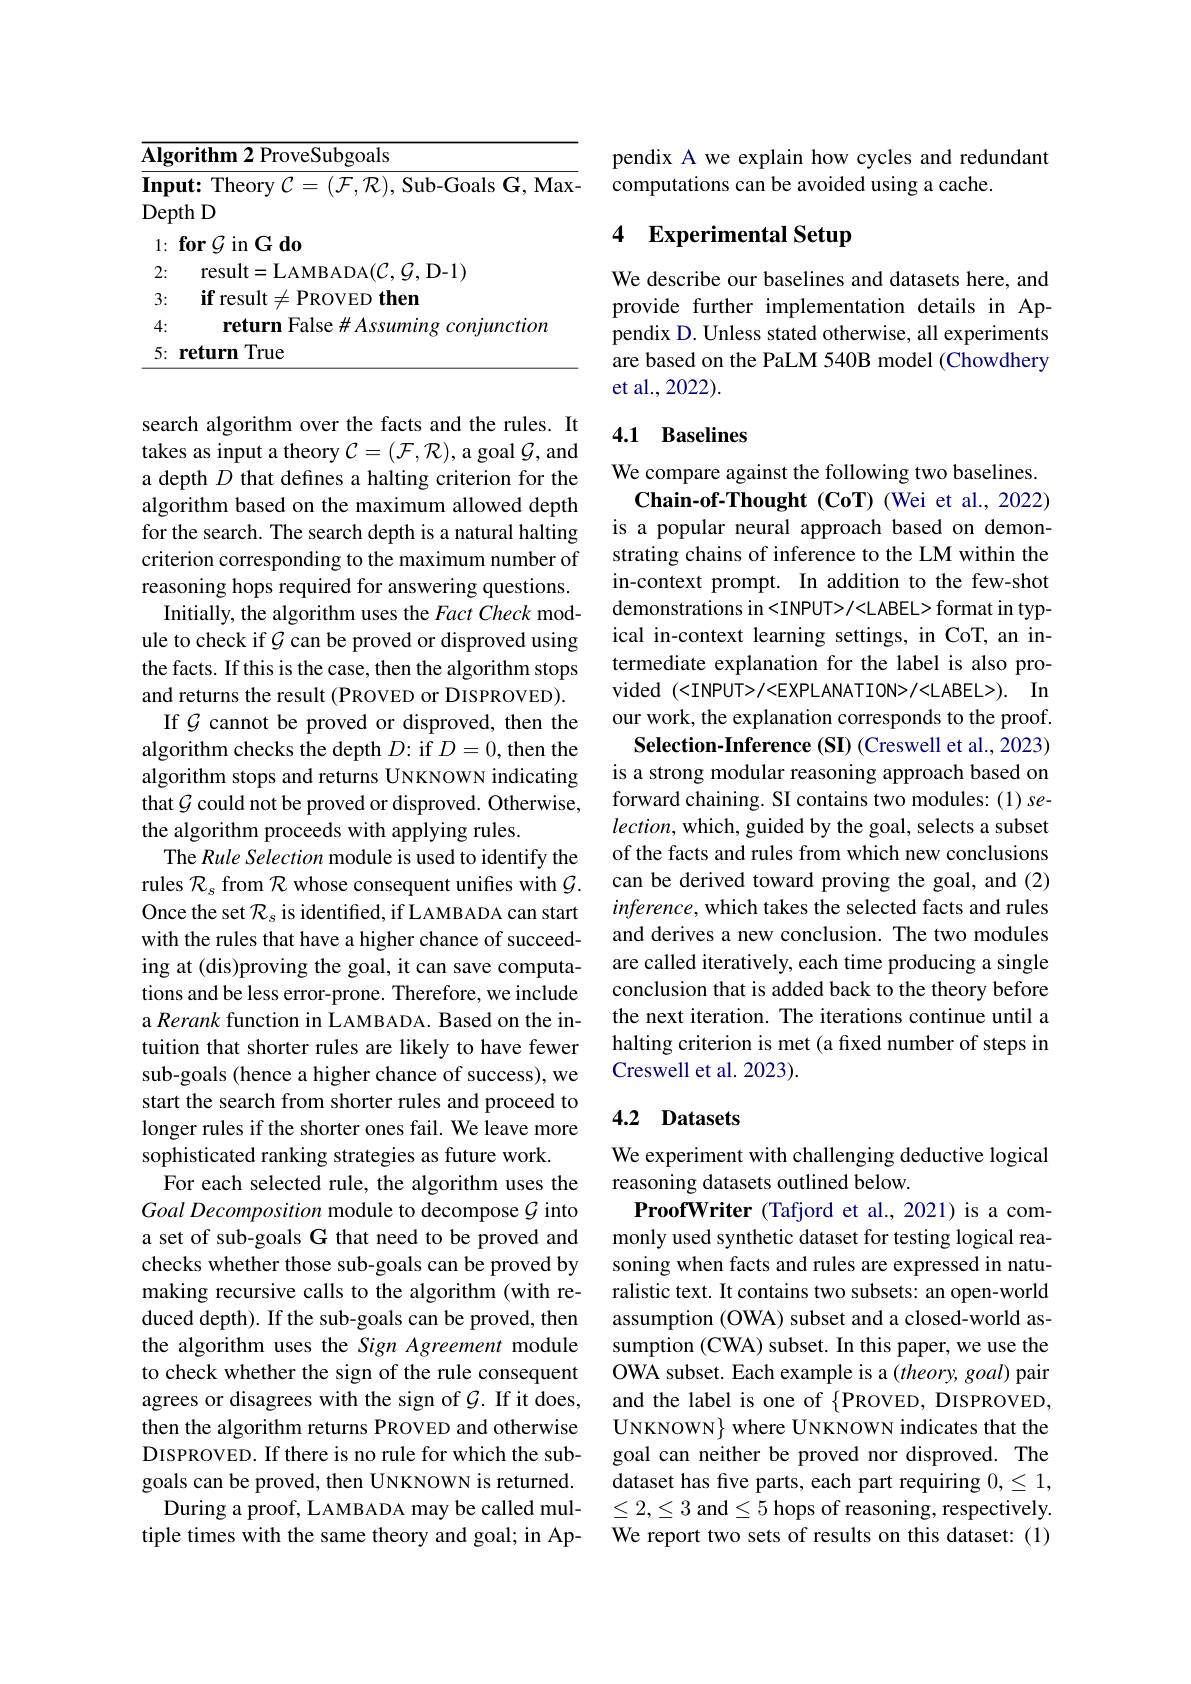
<table>
	<tbody>
		<tr>
			<td>Depth 1</td>
			<td>$\star$th D</td>
		</tr>
		<tr>
			<td>2:</td>
			<td>result=LAMBADA$(\mathcal{C},\mathcal{G}$,D-1)</td>
		</tr>
		<tr>
			<td>3:</td>
			<td>$\textbf{if result}\neq$PROVED then</td>
		</tr>
		<tr>
			<td>4:</td>
			<td>return False# Assuming conjunction</td>
		</tr>
		<tr>
			<td>5: $\mathbf{re}$</td>
			<td>return True</td>
		</tr>
	</tbody>
</table>

search algorithm over the facts and the rules. It takes as input a theory $\mathcal{C}=(\mathcal{F},\mathcal{R})$,a goal $\mathcal{G}$,and a depth $D$ that defines a halting criterion for the algorithm based on the maximum allowed depth for the search. The search depth is a natural halting criterion corresponding to the maximum number of reasoning hops required for answering questions.
Initially, the algorithm uses the Fact Check module to check if $\mathcal{G}$ can be proved or disproved using the facts. If this is the case, then the algorithm stops and returns the result (PROVED or DISPROVED). If $\mathcal{G}$ cannot be proved or disproved, then the algorithm checks the depth $D:$ if $D=0$, then the algorithm stops and returns UNKNOWN indicating that $\mathcal{G}$ could not be proved or disproved. Otherwise, the algorithm proceeds with applying rules.
The Rule Selection module is used to identify the rules $\mathcal{R}_s$ from $\mathcal{R}$ whose consequent unifies with $\mathcal{G}.$ Once the set $\mathcal{R}_s$ is identified, if LAMBADA can start with the rules that have a higher chance of succeeding at (dis)proving the goal, it can save computations and be less error-prone. Therefore, we include a Rerank function in LAMBADA. Based on the intuition that shorter rules are likely to have fewer sub-goals (hence a higher chance of success), we start the search from shorter rules and proceed to longer rules if the shorter ones fail. We leave more sophisticated ranking strategies as future work.
For each selected rule, the algorithm uses the Goal Decomposition module to decompose $\mathcal{G}$ into a set of sub-goals G that need to be proved and checks whether those sub-goals can be proved by making recursive calls to the algorithm (with reduced depth). If the sub-goals can be proved, then the algorithm uses the Sign Agreement module to check whether the sign of the rule consequent agrees or disagrees with the sign of $\mathcal{G}.$ If it does, then the algorithm returns PROVED and otherwise DISPROVED. If there is no rule for which the subgoals can be proved, then UNKNOWN is returned.
During a proof, LAMBADA may be called multiple times with the same theory and goal; in Ap-

pendix A we explain how cycles and redundant
computations can be avoided using a cache.

# 4 Experimental Setup

We describe our baselines and datasets here, and provide further implementation details in Appendix D. Unless stated otherwise, all experiments are based on the PaLM 540B model (Chowdhery et al., 2022).

## 4.1 Baselines

We compare against the following two baselines.
Chain-of-Thought (CoT) (Wei et al., 2022) is a popular neural approach based on demonstrating chains of inference to the LM within the in-context prompt. In addition to the few-shot demonstrations in<INPUT>/<LABEL> format in typical in-context learning settings, in CoT, an intermediate explanation for the label is also provided $( < INPUT> / < EXPLANATION> / < LABEL> ) .$ In our work, the explanation corresponds to the proof. Selection-Inference (SI) (Creswell et al., 2023) is a strong modular reasoning approach based on forward chaining. SI contains two modules: (1) se- $lection$, which, guided by the goal, selects a subset of the facts and rules from which new conclusions can be derived toward proving the goal, and (2) inference, which takes the selected facts and rules and derives a new conclusion. The two modules are called iteratively, each time producing a single conclusion that is added back to the theory before the next iteration. The iterations continue until a halting criterion is met (a fixed number of steps in Creswell et al. 2023).

## 4.2 Datasets

We experiment with challenging deductive logical
reasoning datasets outlined below.
ProofWriter (Tafjord et al., 2021) is a commonly used synthetic dataset for testing logical reasoning when facts and rules are expressed in naturalistic text. It contains two subsets: an open-world assumption (OWA) subset and a closed-world assumption (CWA) subset. In this paper, we use the OWA subset. Each example is a (theory, goal) pair and the label is one of $\{$PROVED, DISPROVED, UNKNOWN} where UNKNOWN indicates that the goal can neither be proved nor disproved. The dataset has five parts, each part requiring $0,\leq1$, $\leq2,\leq3$ and$\leq5$ hops of reasoning, respectively. We report two sets of results on this dataset: (1)